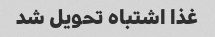
غذا اشتباه تحویل شد